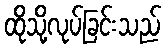
ထိုသို့လုပ်ခြင်းသည်